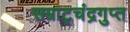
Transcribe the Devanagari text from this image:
सम्राट्चंद्रगुप्त